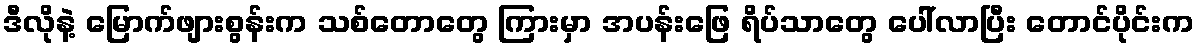
ဒီလိုနဲ့ မြောက်ဖျားစွန်းက သစ်တောတွေ ကြားမှာ အပန်းဖြေ ရိပ်သာတွေ ပေါ်လာပြီး တောင်ပိုင်းက